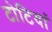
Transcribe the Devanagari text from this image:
टोटियां